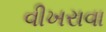
વીખરાવા